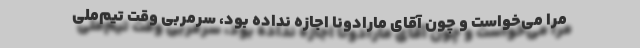
مرا می‌خواست و چون آقای مارادونا اجازه نداده بود، سرمربی وقت تیم‌ملی